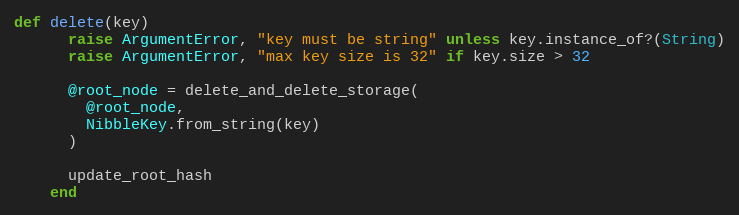
Language: Ruby
def delete(key)
      raise ArgumentError, "key must be string" unless key.instance_of?(String)
      raise ArgumentError, "max key size is 32" if key.size > 32

      @root_node = delete_and_delete_storage(
        @root_node,
        NibbleKey.from_string(key)
      )

      update_root_hash
    end